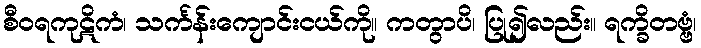
စီဝရကုဋိကံ၊ သင်္ကန်းကျောင်းငယ်ကို။ ကတွာပိ၊ ပြု၍လည်း။ ရက္ခိတဗ္ဗံ၊